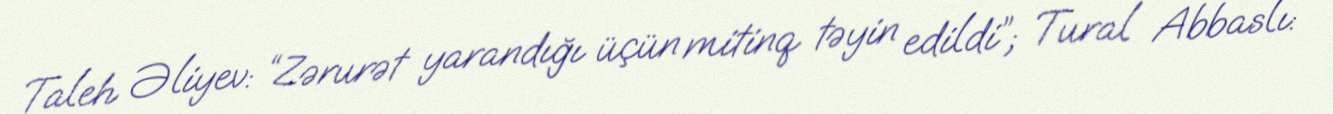
Taleh Əliyev: “Zərurət yarandığı üçün mitinq təyin edildi”; Tural Abbaslı: